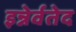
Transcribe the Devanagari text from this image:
इन्नेर्वतेद